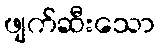
ဖျက်ဆီးသော